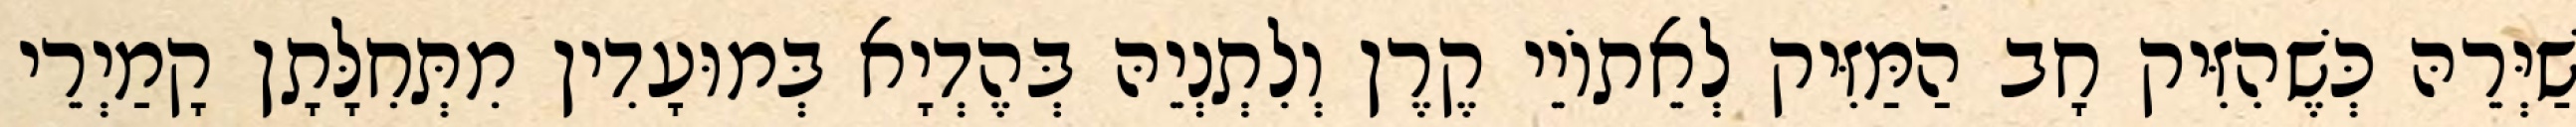
שַׁיְּרֵהּ כְּשֶׁהִזִּיק חָב הַמַּזִּיק לְאֵתוֹיֵי קֶרֶן וְלִתְנְיֵהּ בְּהֶדְיָא בְּמוּעָדִין מִתְּחִלָּתָן קָמַיְרֵי